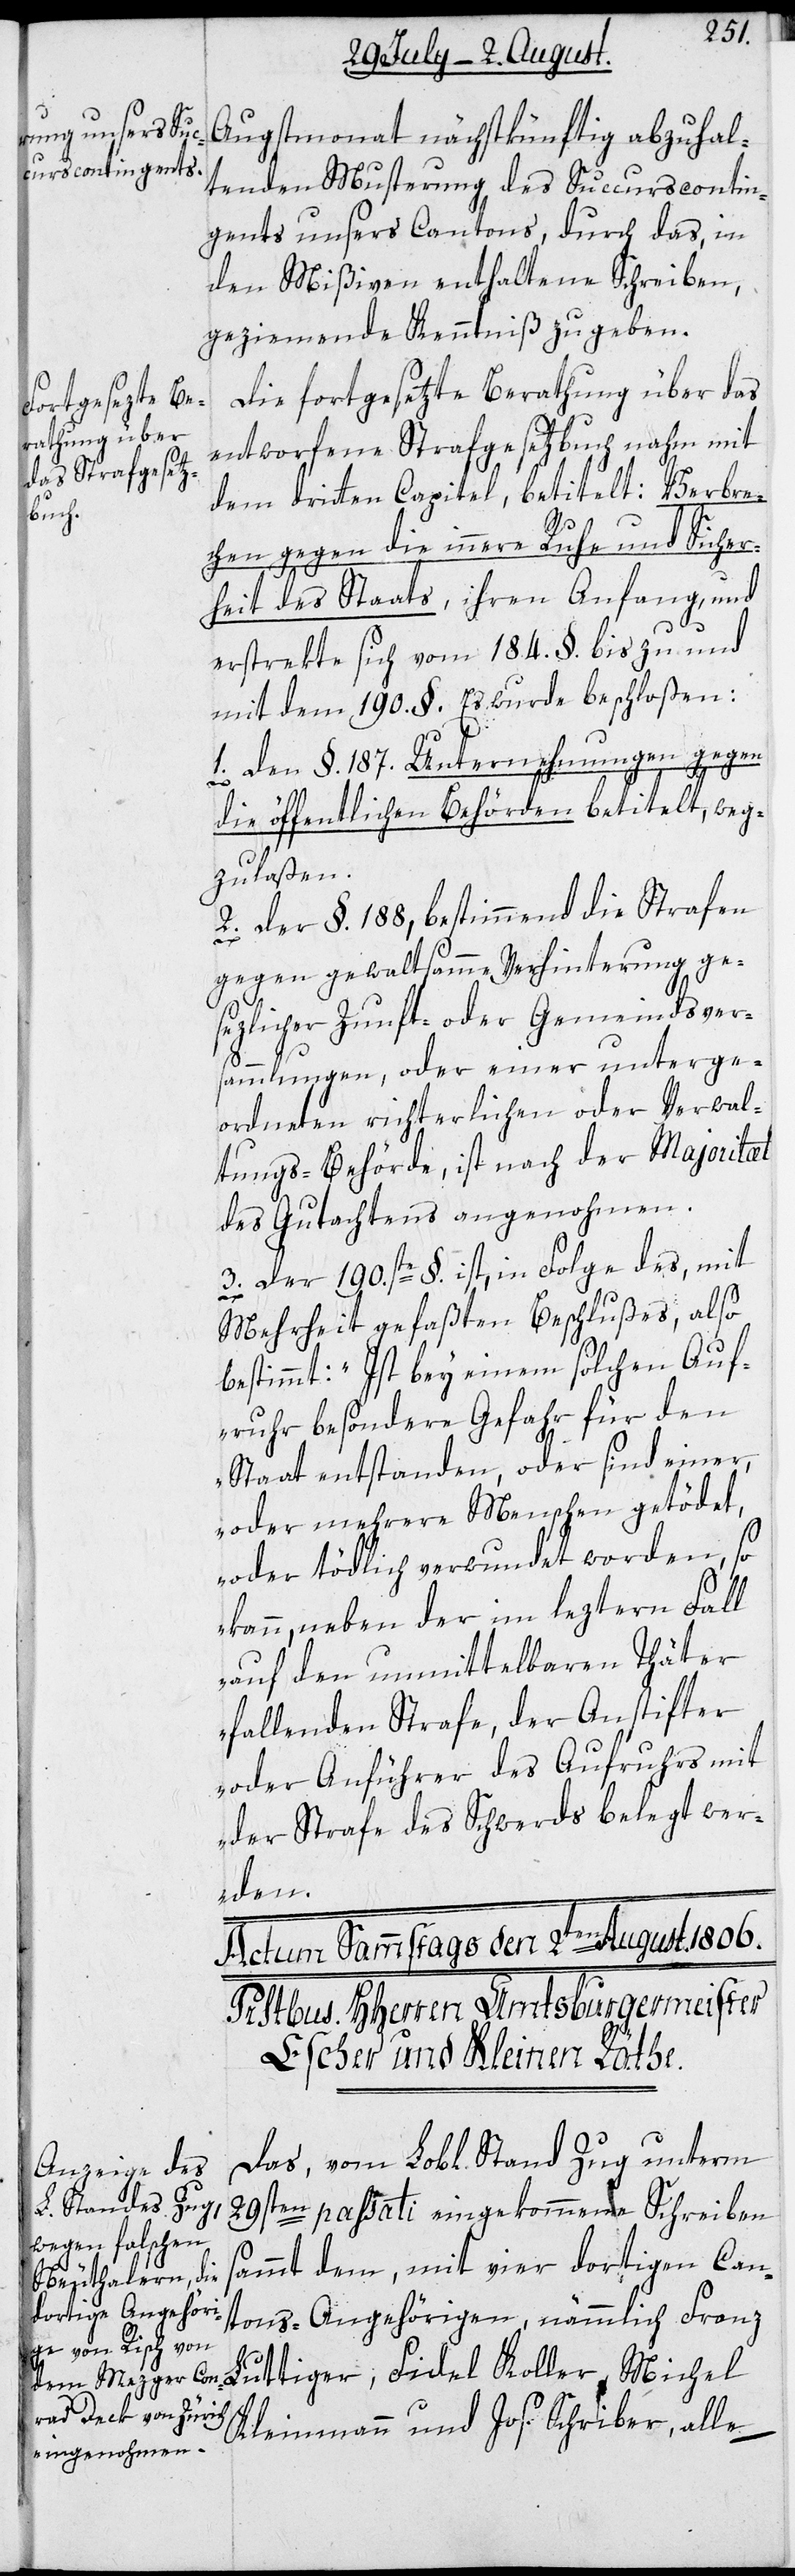
Augstmonat nächstkünftig abzuhal¬
tenden Musterung des Succurscontin¬
gents unsers Cantons, durch das, in
den Mißiven enthaltene Schreiben,
geziemende Kenntniß zu geben.
Die fortgesetzte Berathung über das
entworfene Strafgesetzbuch nahm mit
dem dritten Capitel, betitelt: Verbre¬
chen gegen die innere Ruhe und Sicher¬
heit des Staats, ihren Anfang, und
erstrekte sich vom 184. §. bis zu und
mit dem 190. §. Es wurde beschloßen:
1. Den §. 187. Unternehmungen gegen
die öffentlichen Behörden betitelt, weg¬
zulaßen.
2. Der §. 188, bestimmend die Strafen
gegen gewaltsamme Verhinterung ge¬
sezlicher Zunft- oder Gemeindsvers¬
ammlungen, oder einer unterge¬
ordneten richterlichen oder Verwal¬
tungs-Behörde, ist nach der Majoritæt
des Gutachtens angenohmen.
3. Der 190.ste §. ist, in Folge des, mit
Mehrheit gefaßten Beschlußes, also
bestimmt: „Ist bey einem solchen Auf¬
ruhr besondere Gefahr für den
Staat entstanden, oder sind einer,
oder mehrere Menschen getödet,
oder tödlich verwundet worden, so
kann, neben der im leztern Fall
auf den unmittelbaren Thäter
fallenden Strafe, der Anstifter
oder Anführer des Aufruhrs mit
der Strafe des Schwerds belegt wer¬
den.“
Das, vom Lobl. Stand Zug unterm
29sten passati eingekommene Schreiben
sammt dem, mit vier dortigen Can¬
tons-Angehörigen, nämmlich Franz
Luttiger, Fidel Koller, Michel
Kleinmann und Jos. Schriber, alle